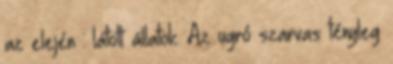
az elején : látott állatok. Az ugró szarvas tényleg